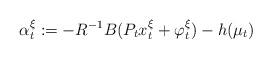
LaTeX: \begin{align*}\alpha^\xi_t:=-R^{-1}B(P_tx^\xi_t+\varphi_t^\xi)-h(\mu_t)\end{align*}